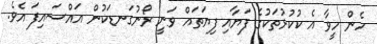
ހެން ހީވާ އެ ކުކުޅުތަކުގެ ފަޔާއި ފިޔަތައް ވަނީ ރޯނުގަނޑަކުން އައްސައިފަ އެވެ.